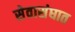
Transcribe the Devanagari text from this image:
सेवासंघात